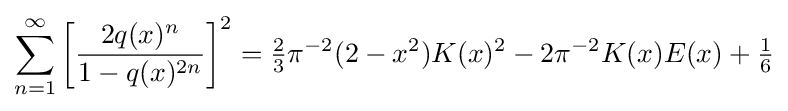
\sum _{n=1}^{\infty }{\biggl [}{\frac {2q(x)^{n}}{1-q(x)^{2n}}}{\biggr ]}^{2}={\tfrac {2}{3}}\pi ^{-2}(2-x^{2})K(x)^{2}-2\pi ^{-2}K(x)E(x)+{\tfrac {1}{6}}